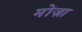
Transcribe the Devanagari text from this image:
मोंज़ा